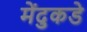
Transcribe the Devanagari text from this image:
मेंदुकडे